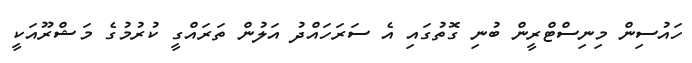
ހައުސިން މިނިސްޓްރީން ބުނި ގޮތުގައި އެ ސަރަހައްދު އަލުން ތަރައްގީ ކުރުމުގެ މަޝްރޫއަކީ